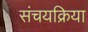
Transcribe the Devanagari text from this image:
संचयक्रिया